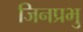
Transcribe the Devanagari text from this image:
जिनप्रभु